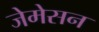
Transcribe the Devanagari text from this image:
जेमेसन